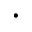
\cdot